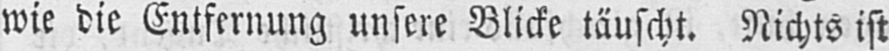
wie die Entfernung unsere Blicke täuscht. Nichts ist